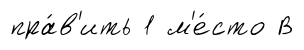
пра́в'ить 1 м'е́сто В